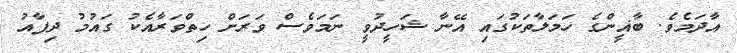
އާދަމެވެ. ބާޣީންގެ ހަމަލާތަކުގައި އޭނާ ޝަހީދުވީ ނަމަވެސް ވަރަށް ހިތްވަރާއެކު ގައުމު ދިފާއު